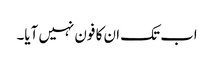
اب تک ان کا فون نہیں آیا۔